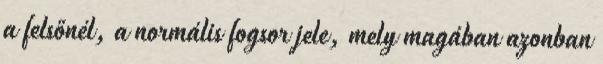
a felsőnél, a normális fogsor jele, mely magában azonban